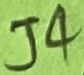
Text: J4